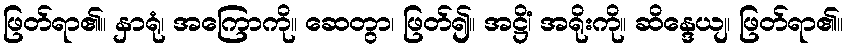
ဖြတ်ရာ၏။ နှာရုံ၊ အကြောကို။ ဆေတွာ၊ ဖြတ်၍။ အဋ္ဌိံ၊ အရိုးကို။ ဆိန္ဒေယျ၊ ဖြတ်ရာ၏။